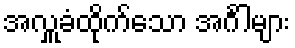
အလှူခံထိုက်သော အင်္ဂါများ